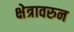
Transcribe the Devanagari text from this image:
क्षेत्रावरुन